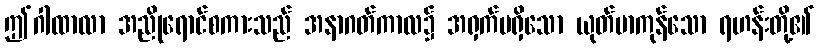
ဤဂါထာလာ အညိုရောင်စကားသည် အနာဂတ်ကာလ၌ အရှက်မရှိသော ယုတ်မာကုန်သော ရဟန်းတို့၏